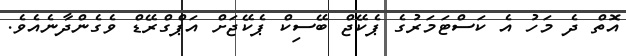
އޮތް ދެ މަހު އެ ކަސްޓަމަރުގެ ޕެކޭޖް ބޭސިކް ޕެކޭޖަށް އަޕްގްރޭޑް ވެގެންދާނެއެވެ.